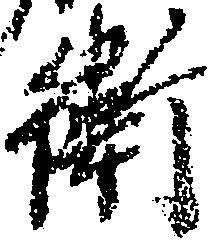
衛